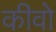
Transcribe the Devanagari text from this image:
कीवो